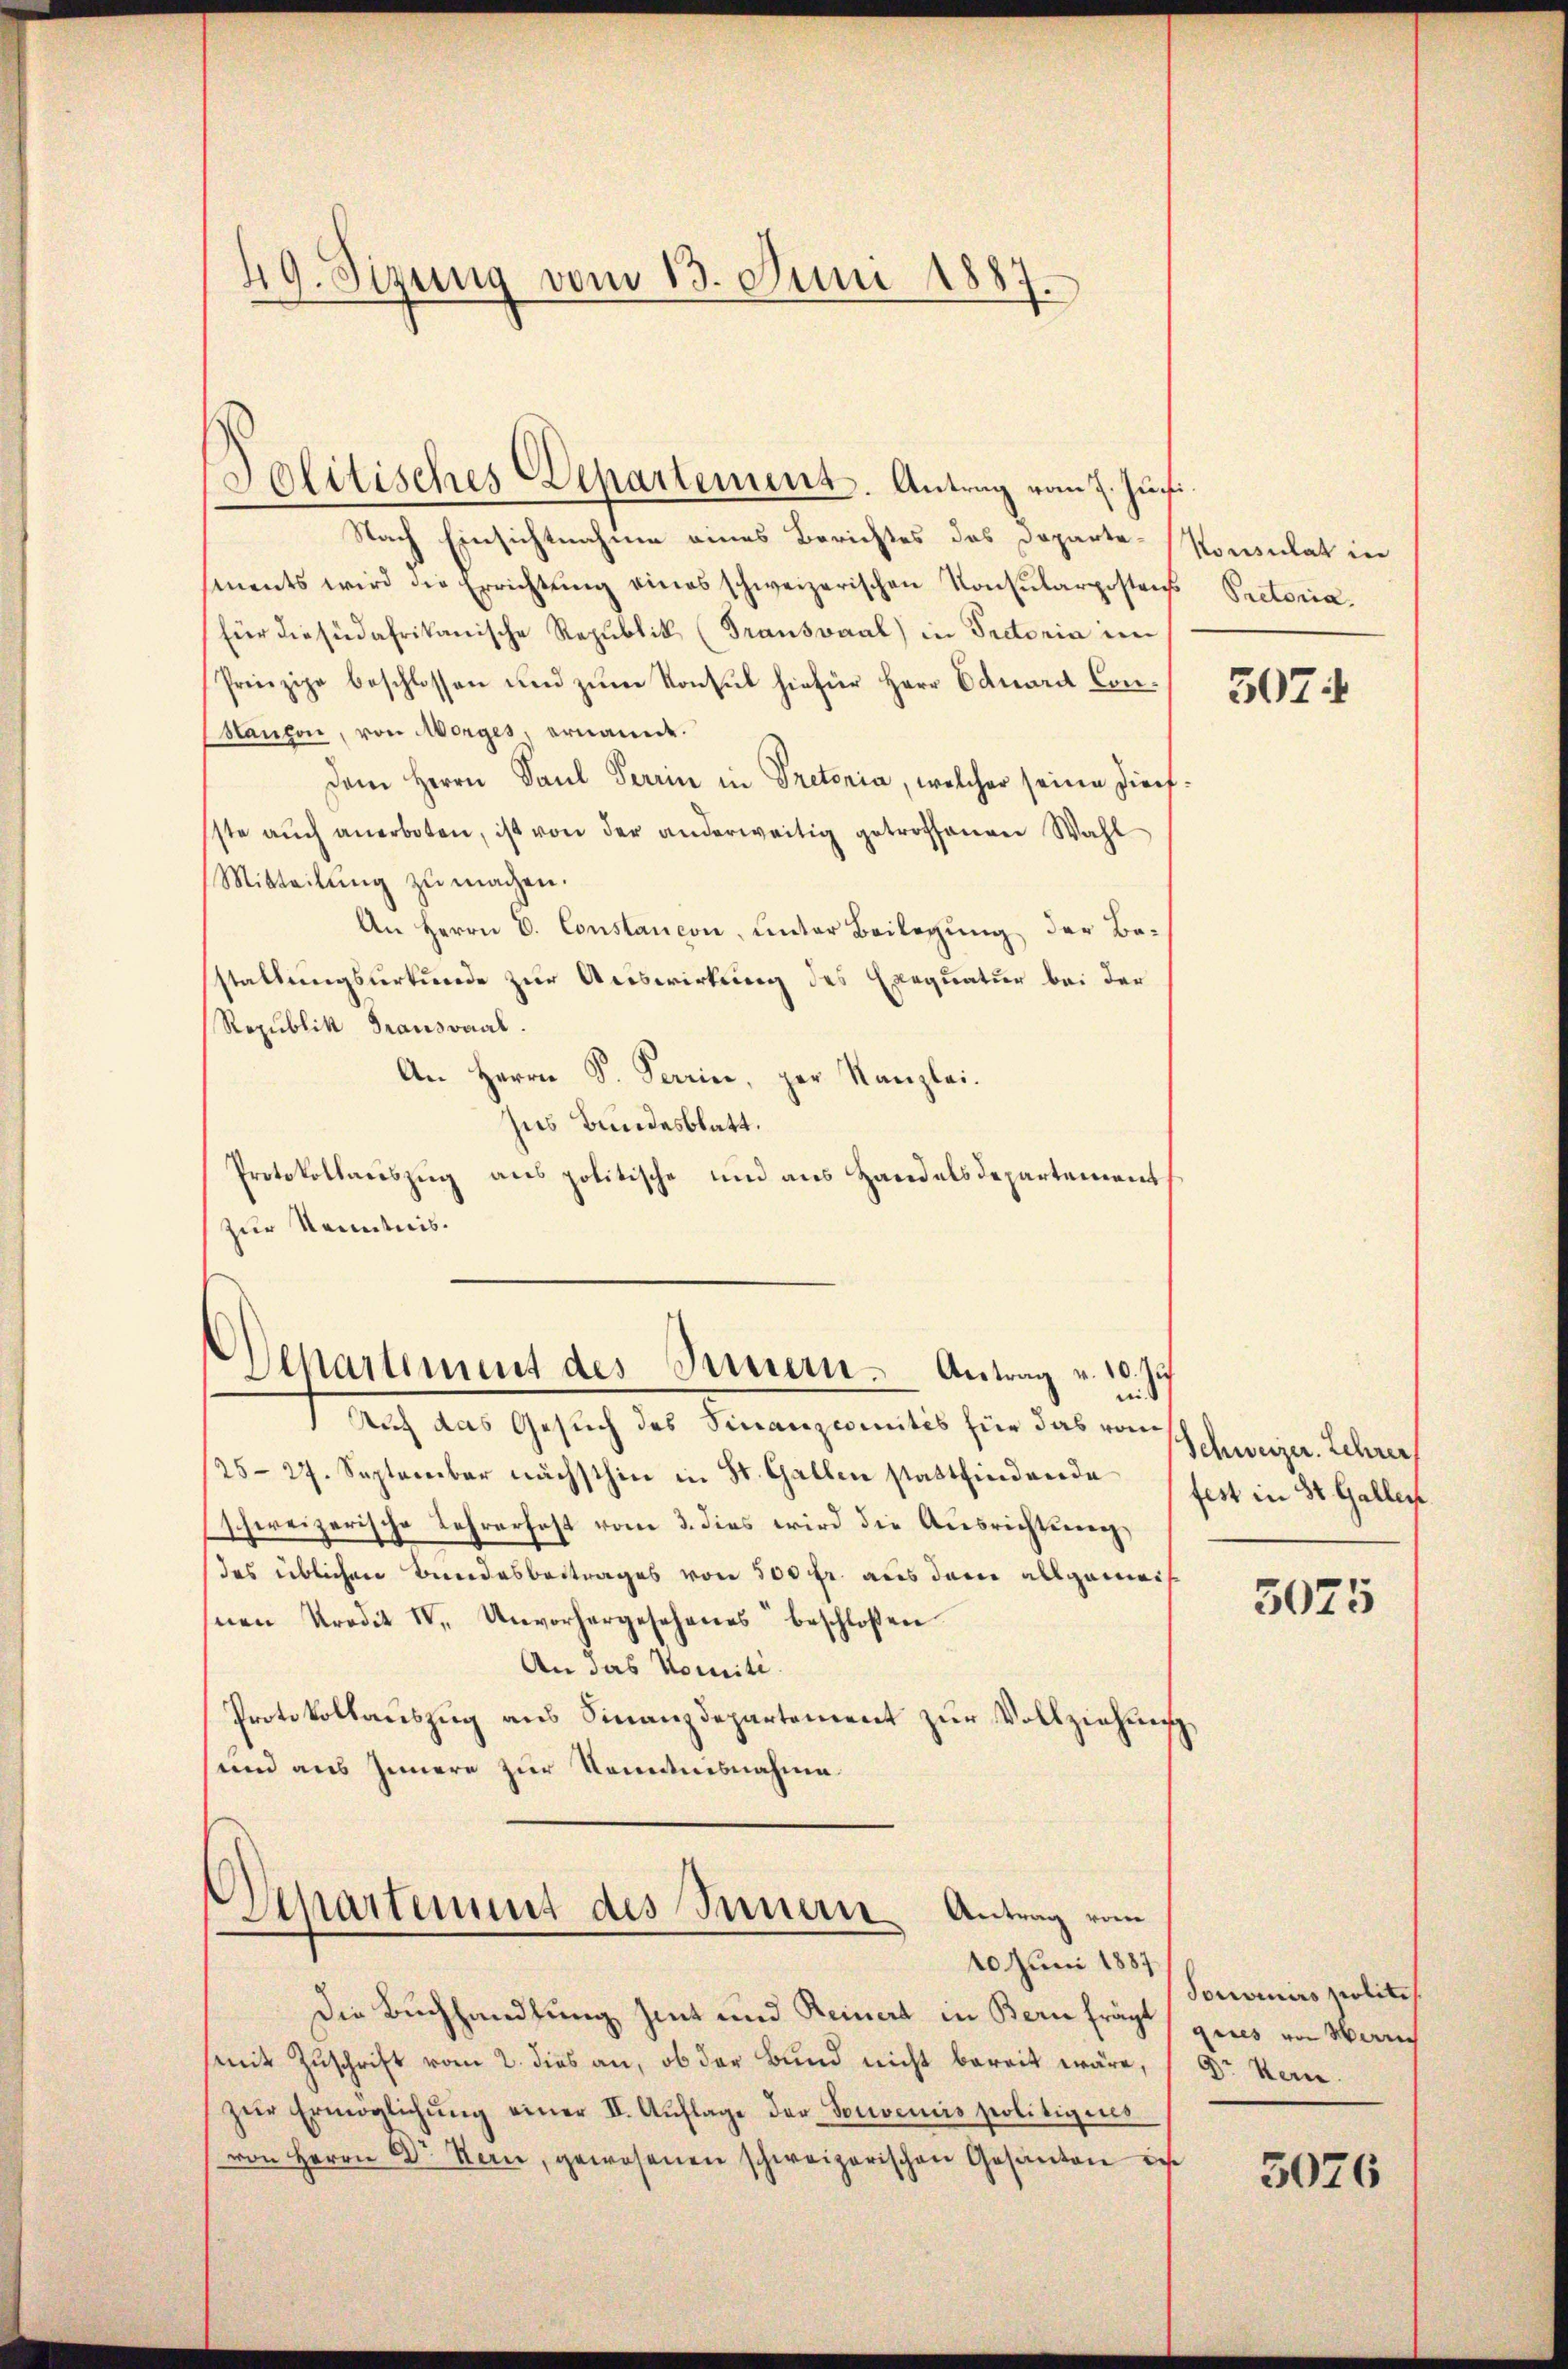
49. Sizung vom 13. Juni 1887.

Politisches Departement. Antrag vom 7. Jun.

Nach Einsichtnahme eines Berichtes des Departe-Konsulat in
sments wird die Errichtŭng eines schweizerischen Konsŭlarpostens Rectoriafür diesüdafrikanische Republik (Transvaal) in Rectoria im
Prinzipe beschlossen und zum Konsul hiefür Herr Eduard Con¬
Manzon, von Morges, ernande.
Dem Herrn Saul Perrin in Pretoria, welcher seine Direfsste aŭch anerboten, ist von der anderweitig getroffenen Wahl
Mitteilŭng zu machen.
An Herrn D. Constancon, unter Beilegung der Be-
staltungsurkunde zur Auswirkung des Exequatur bei der
Republik Graussaal.
An Herrn S. Parin, per Kanzlei.
his Bundesblatt.
Protokollauszug aus politische und aus Handelsdepartement
zur Kenntnis.
Departement des Innern. Antrag v. 10. Ju

Apartement des Innern Antrag vom
40 Juni 1887

Auch das Gesuch der Finanzmeistes für das einscheinigen übrig
25-27. September nächsthin in St. Gallen stattfindende
schweizerische Lehrerhaft vom 3. dies wird die Ausrichtung,
das üblichen Bundesbestrages von 500 fr. aus dem allgemeist
snen Prodit IV. Unvorhergesehenes beschloßen
An das Komiti.
Protokollauszug aus Finanzdepartement zur Vollziehung,
und aus Innere zur Kenntnisnahme.

Die Buchhandlung hint und Reinert in Bern fräg gies von Marig
(mit Zuschrift vom 2. dies an, ob der Bund nicht bereit wäre,
zŭr Ermöglichŭng einer II. Aŭflage der Sonveniis politigeres
von Herrn Dr. Stein, gewesenen schweizerischen Gesanten des

5074

fest in St. Gallen

5075

Sonvenirs polite
Dr. Hern.

3076